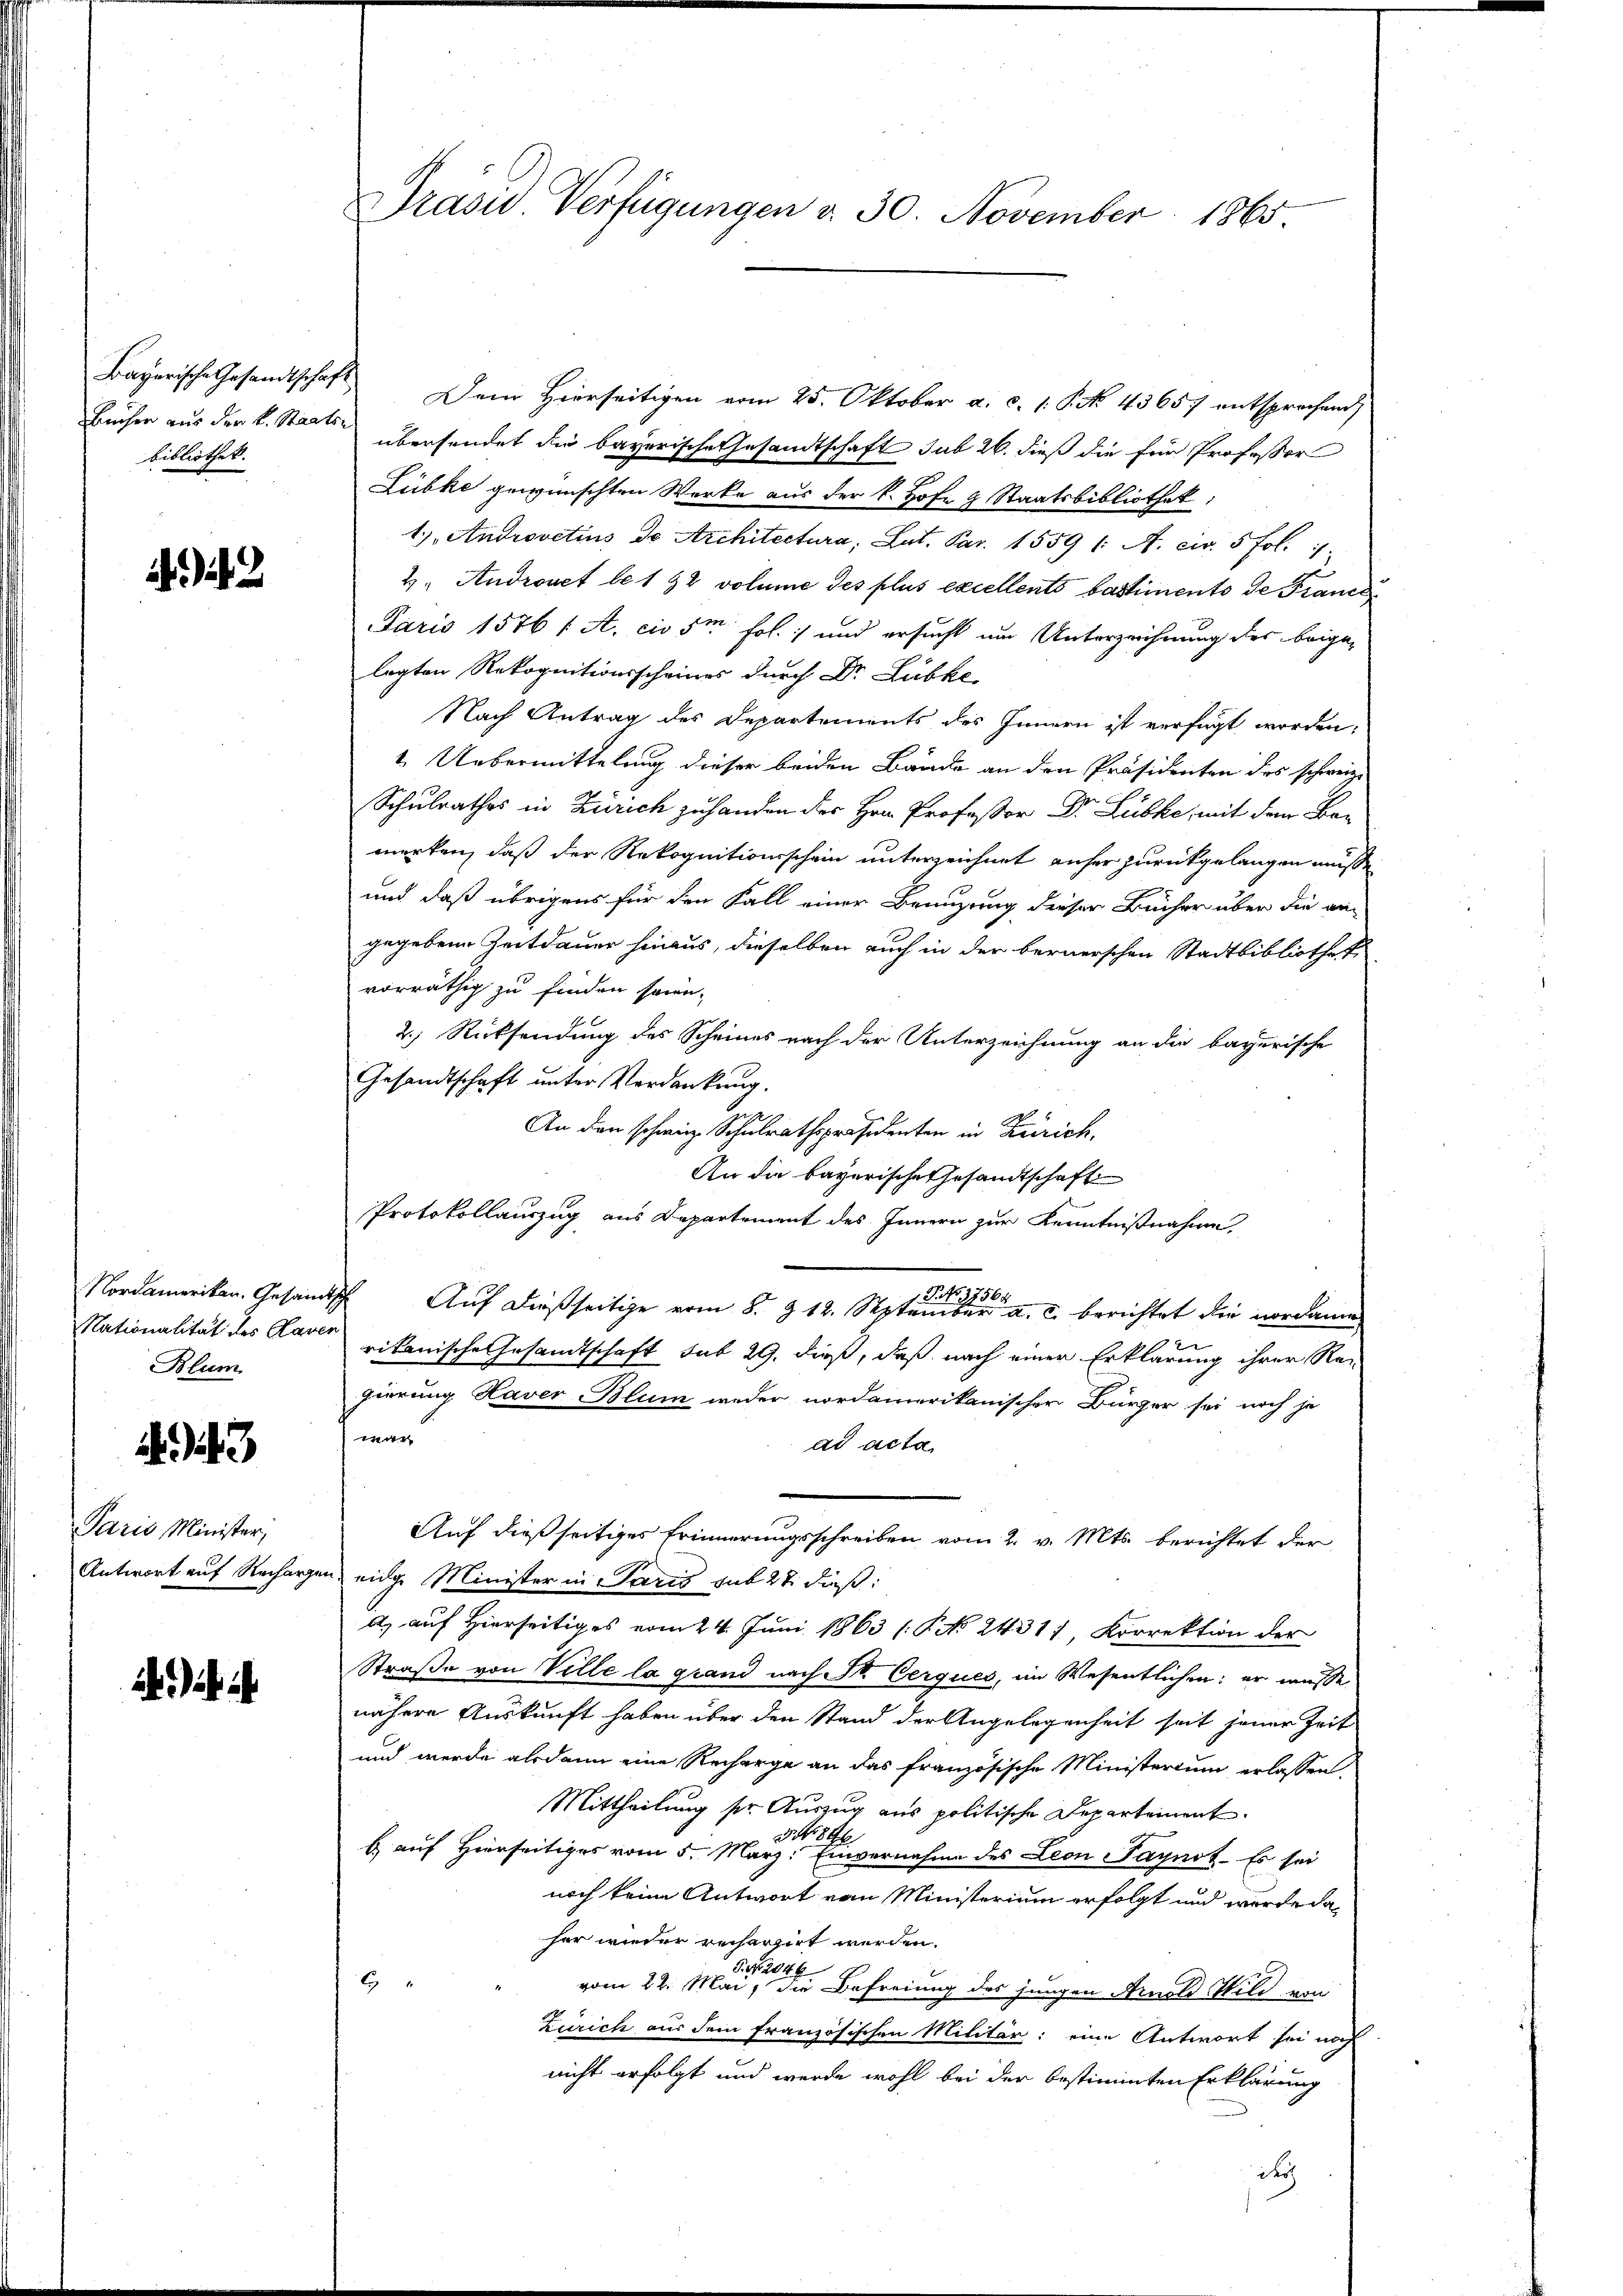
bibliothek.

2

Blum

43

Paris Minister,
Antwort auf Recharge

Bayerische Gesandtschaft Dem Hierseitigen vom 25. Oktober a. c. 1. P. No. 43657 entsprochend
Hauser aus der L. Staats übersendet die bayerische Gesandtschaft sub 26. dieß die für Professor
Lübke gewünschten Werke aus der k. Hofe 9 Staatsbibliothek;
1.) Androvctius de Architectura, Lat. Par. 1559 /: A. cir. 5 fol. 1
4. Andronet le 192 volume des plus excellents bastiments de France
Paris 1576 f A. cio 5m fol. 1 und ersucht um Unterzeichnung des beigelagten Rekognitionsscheines durch Dr. Lübke
Nach Antrag des Departements des Innern ist verfügt worden;
1. Uebermittelung dieser beiden Bände an den Präsidenten des schweiz.
Schulrathes in Zürich zu handen der Hrn. Professor Dr. Lübke, mit dem Bamerken, daß der Rekognitionsschein unterzeichnet anfer zurückgelangen müsse
und daß übrigens für den Fall einer Benuzung dieser Bücher über die an-
gegebene Zeitdauer hinaus, dieselben auch in der bernerschen Stadtbibliotheke
vorräthig zu finden sowi-
2.) Rücksendung des Scheines nach der Unterzeichnung an die bayerische
Gesandtschaft unter Verdankung.
An den schweiz. Schulrathspräsidenten in Zürich,
An die bayerische Gesandtschaft
Protokollauszug aus Departement des Innern zur Kenntnißnahme,
Nordameriken. Gesandtsch. Auf dießseitige vom 8. d. 12. Steuer a. c. berichtet die nordame
Nationalität des Kamer rikanische Gesandtschaft sub 29. dieß, daß nach einen Erklärung ihrer Re-
gierung Haver Blum weder nordamerikanischer Bürger sei noch je
wan
ad acta
Auf dießseitiges Erinnerungsschreiben vom 2. v. Mts. berichtet der
in eidge Minister in Paris sub 27. dieß:
A. auf Hierseitiges vom 24. Juni 1863 (P No 24311, Korrektion der
Straße von Ville la grand nach Sr. Cerques, im Wesentlichen; er müsse
nähere Auskunft haben über den Stand der Angelegenheit seit jener Zeit
und werde alsdann eine Recharge an das französische Ministerium erlassen.
Mittheilung sr. Auszug aus politische Departement.
3 No 84
8
b auf Hierseitiges vom 5. März: Einvernahme des Leon Paynot. Es sei
noch keine Antwort vom Ministerium erfolgt und wurde da
her wieder recherzirt werden.
1. No. 2046
E
vom 22. Mai, die Befreiung des jungen Arnold Wild von
Zürich aus dem französischen Militär: eine Antwort sei noch
nicht erfolgt und werde wohl bei der bestimmten Erklärung
d

Drasu. Verfügungen d. 30. November 1865